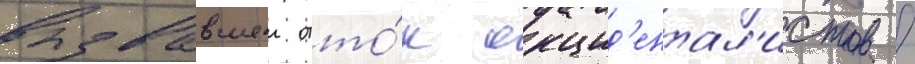
вызвавшеи отто́к окцид'ентал'истов /